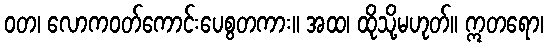
ဝတ၊ လောကဝတ်ကောင်းပေစွတကား။ အထ၊ ထိုသို့မဟုတ်။ ဣတရော၊